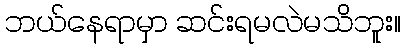
ဘယ်နေရာမှာ ဆင်းရမလဲမသိဘူး။